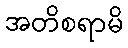
အတိစရာမိ